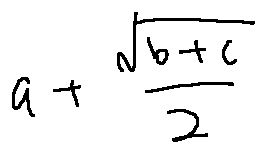
a + \frac { \sqrt { b + c } } { 2 }